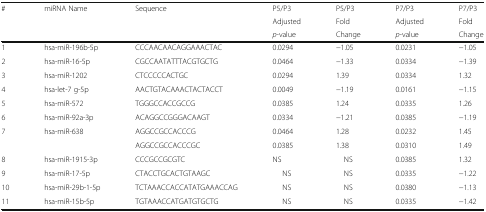
| <ROWSPAN=3> # | <ROWSPAN=3> miRNA Name | <ROWSPAN=3> Sequence | P5/P3 | P5/P3 | P7/P3 | P7/P3 |
 | Adjusted | Fold | Adjusted | Fold |
 | p-value | Change | p-value | Change |
 | --- | --- | --- | --- | --- | --- | --- |
 | 1 | hsa-miR-196b-5p | CCCAACAACAGGAAACTAC | 0.0294 | −1.05 | 0.0231 | −1.05 |
 | 2 | hsa-miR-16-5p | CGCCAATATTTACGTGCTG | 0.0464 | −1.33 | 0.0334 | −1.39 |
 | 3 | hsa-miR-1202 | CTCCCCCACTGC | 0.0294 | 1.39 | 0.0334 | 1.32 |
 | 4 | hsa-let-7 g-5p | AACTGTACAAACTACTACCT | 0.0049 | −1.19 | 0.0161 | −1.15 |
 | 5 | hsa-miR-572 | TGGGCCACCGCCG | 0.0385 | 1.24 | 0.0335 | 1.26 |
 | 6 | hsa-miR-92a-3p | ACAGGCCGGGACAAGT | 0.0334 | −1.21 | 0.0385 | −1.19 |
 | <ROWSPAN=2> 7 | <ROWSPAN=2> hsa-miR-638 | AGGCCGCCACCCG | 0.0464 | 1.28 | 0.0232 | 1.45 |
 | AGGCCGCCACCCGC | 0.0385 | 1.38 | 0.0310 | 1.49 |
 | 8 | hsa-miR-1915-3p | CCCGCCGCGTC | NS | NS | 0.0385 | 1.32 |
 | 9 | hsa-miR-17-5p | CTACCTGCACTGTAAGC | NS | NS | 0.0335 | −1.22 |
 | 10 | hsa-miR-29b-1-5p | TCTAAACCACCATATGAAACCAG | NS | NS | 0.0380 | −1.13 |
 | 11 | hsa-miR-15b-5p | TGTAAACCATGATGTGCTG | NS | NS | 0.0335 | −1.42 |